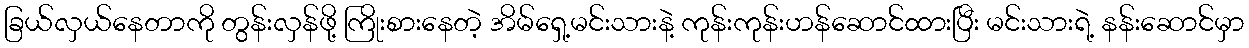
ခြယ်လှယ်နေတာကို တွန်းလှန်ဖို့ ကြိုးစားနေတဲ့ အိမ်ရှေ့မင်းသားနဲ့ ကုန်းကုန်းဟန်ဆောင်ထားပြီး မင်းသားရဲ့ နန်းဆောင်မှာ